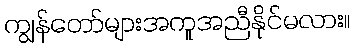
ကျွန်တော်များအကူအညီနိုင်မလား။